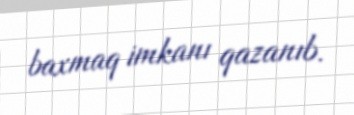
baxmaq imkanı qazanıb.